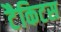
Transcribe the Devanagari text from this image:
टैकिटस